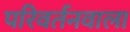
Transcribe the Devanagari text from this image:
परिवर्तनवाला